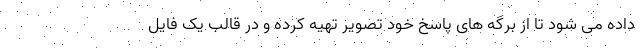
داده می شود تا از برگه های پاسخ خود تصویر تهیه کرده و در قالب یک فایل